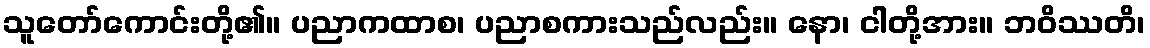
သူတော်ကောင်းတို့၏။ ပညာကထာစ၊ ပညာစကားသည်လည်း။ နော၊ ငါတို့အား။ ဘဝိဿတိ၊